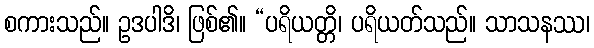
စကားသည်။ ဥဒပါဒိ၊ ဖြစ်၏။ “ပရိယတ္တိ၊ ပရိယတ်သည်။ သာသနဿ၊